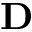
\bf D